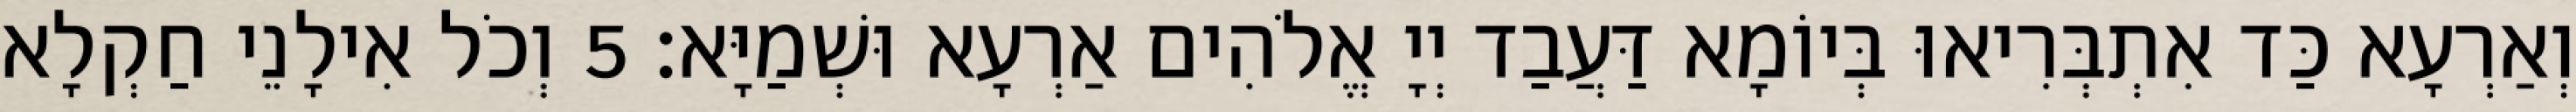
וְאַרְעָא כַּד אִתְבְּרִיאוּ בְּיוֹמָא דַּעֲבַד יְיָ אֱלֹהִים אַרְעָא וּשְׁמַיָּא׃ 5 וְכֹל אִילָנֵי חַקְלָא